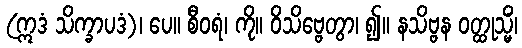
(ဣဒံ သိက္ခာပဒံ)၊ ပေ။ စီဝရံ၊ ကို။ ဝိသိဗ္ဗေတွာ၊ ၍။ နသိဗ္ဗန ဝတ္ထုသ္မိံ၊